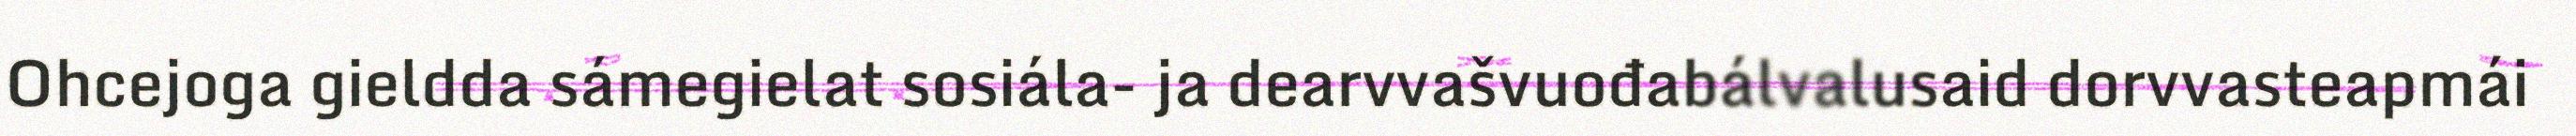
Ohcejoga gieldda sámegielat sosiála- ja dearvvašvuođabálvalusaid dorvvasteapmái